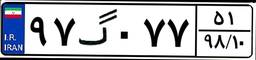
۹۷گ۰۷۷۵۱